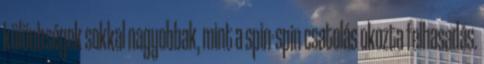
különbségek sokkal nagyobbak, mint a spin-spin csatolás okozta felhasadás.